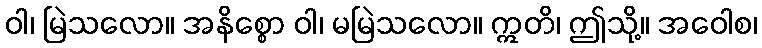
ဝါ၊ မြဲသလော။ အနိစ္စော ဝါ၊ မမြဲသလော။ ဣတိ၊ ဤသို့။ အဝေါစ၊